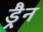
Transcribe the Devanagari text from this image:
ड्रैन